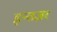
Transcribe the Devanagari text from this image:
इन्तज़र